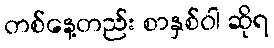
တစ်နေ့တည်း စာနှစ်ဝါ ဆိုရ